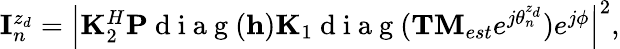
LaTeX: \begin{array}{r}{{\mathbf{I}}_{n}^{z_{d}}=\left|{\mathbf K}_{2}^{H}{\mathbf P}\mathrm{~d~i~a~g~}({\mathbf h}){\mathbf K}_{1}\mathrm{~d~i~a~g~}({\mathbf{TM}}_{est}e^{j{\theta}_{n}^{z_{d}}})e^{j\phi}\right|^{2},}\end{array}